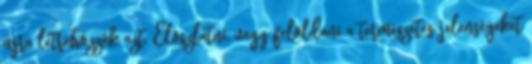
újra létrehozzák azt. Eloszlatni, vagy feloldani a természetes jelenségeket